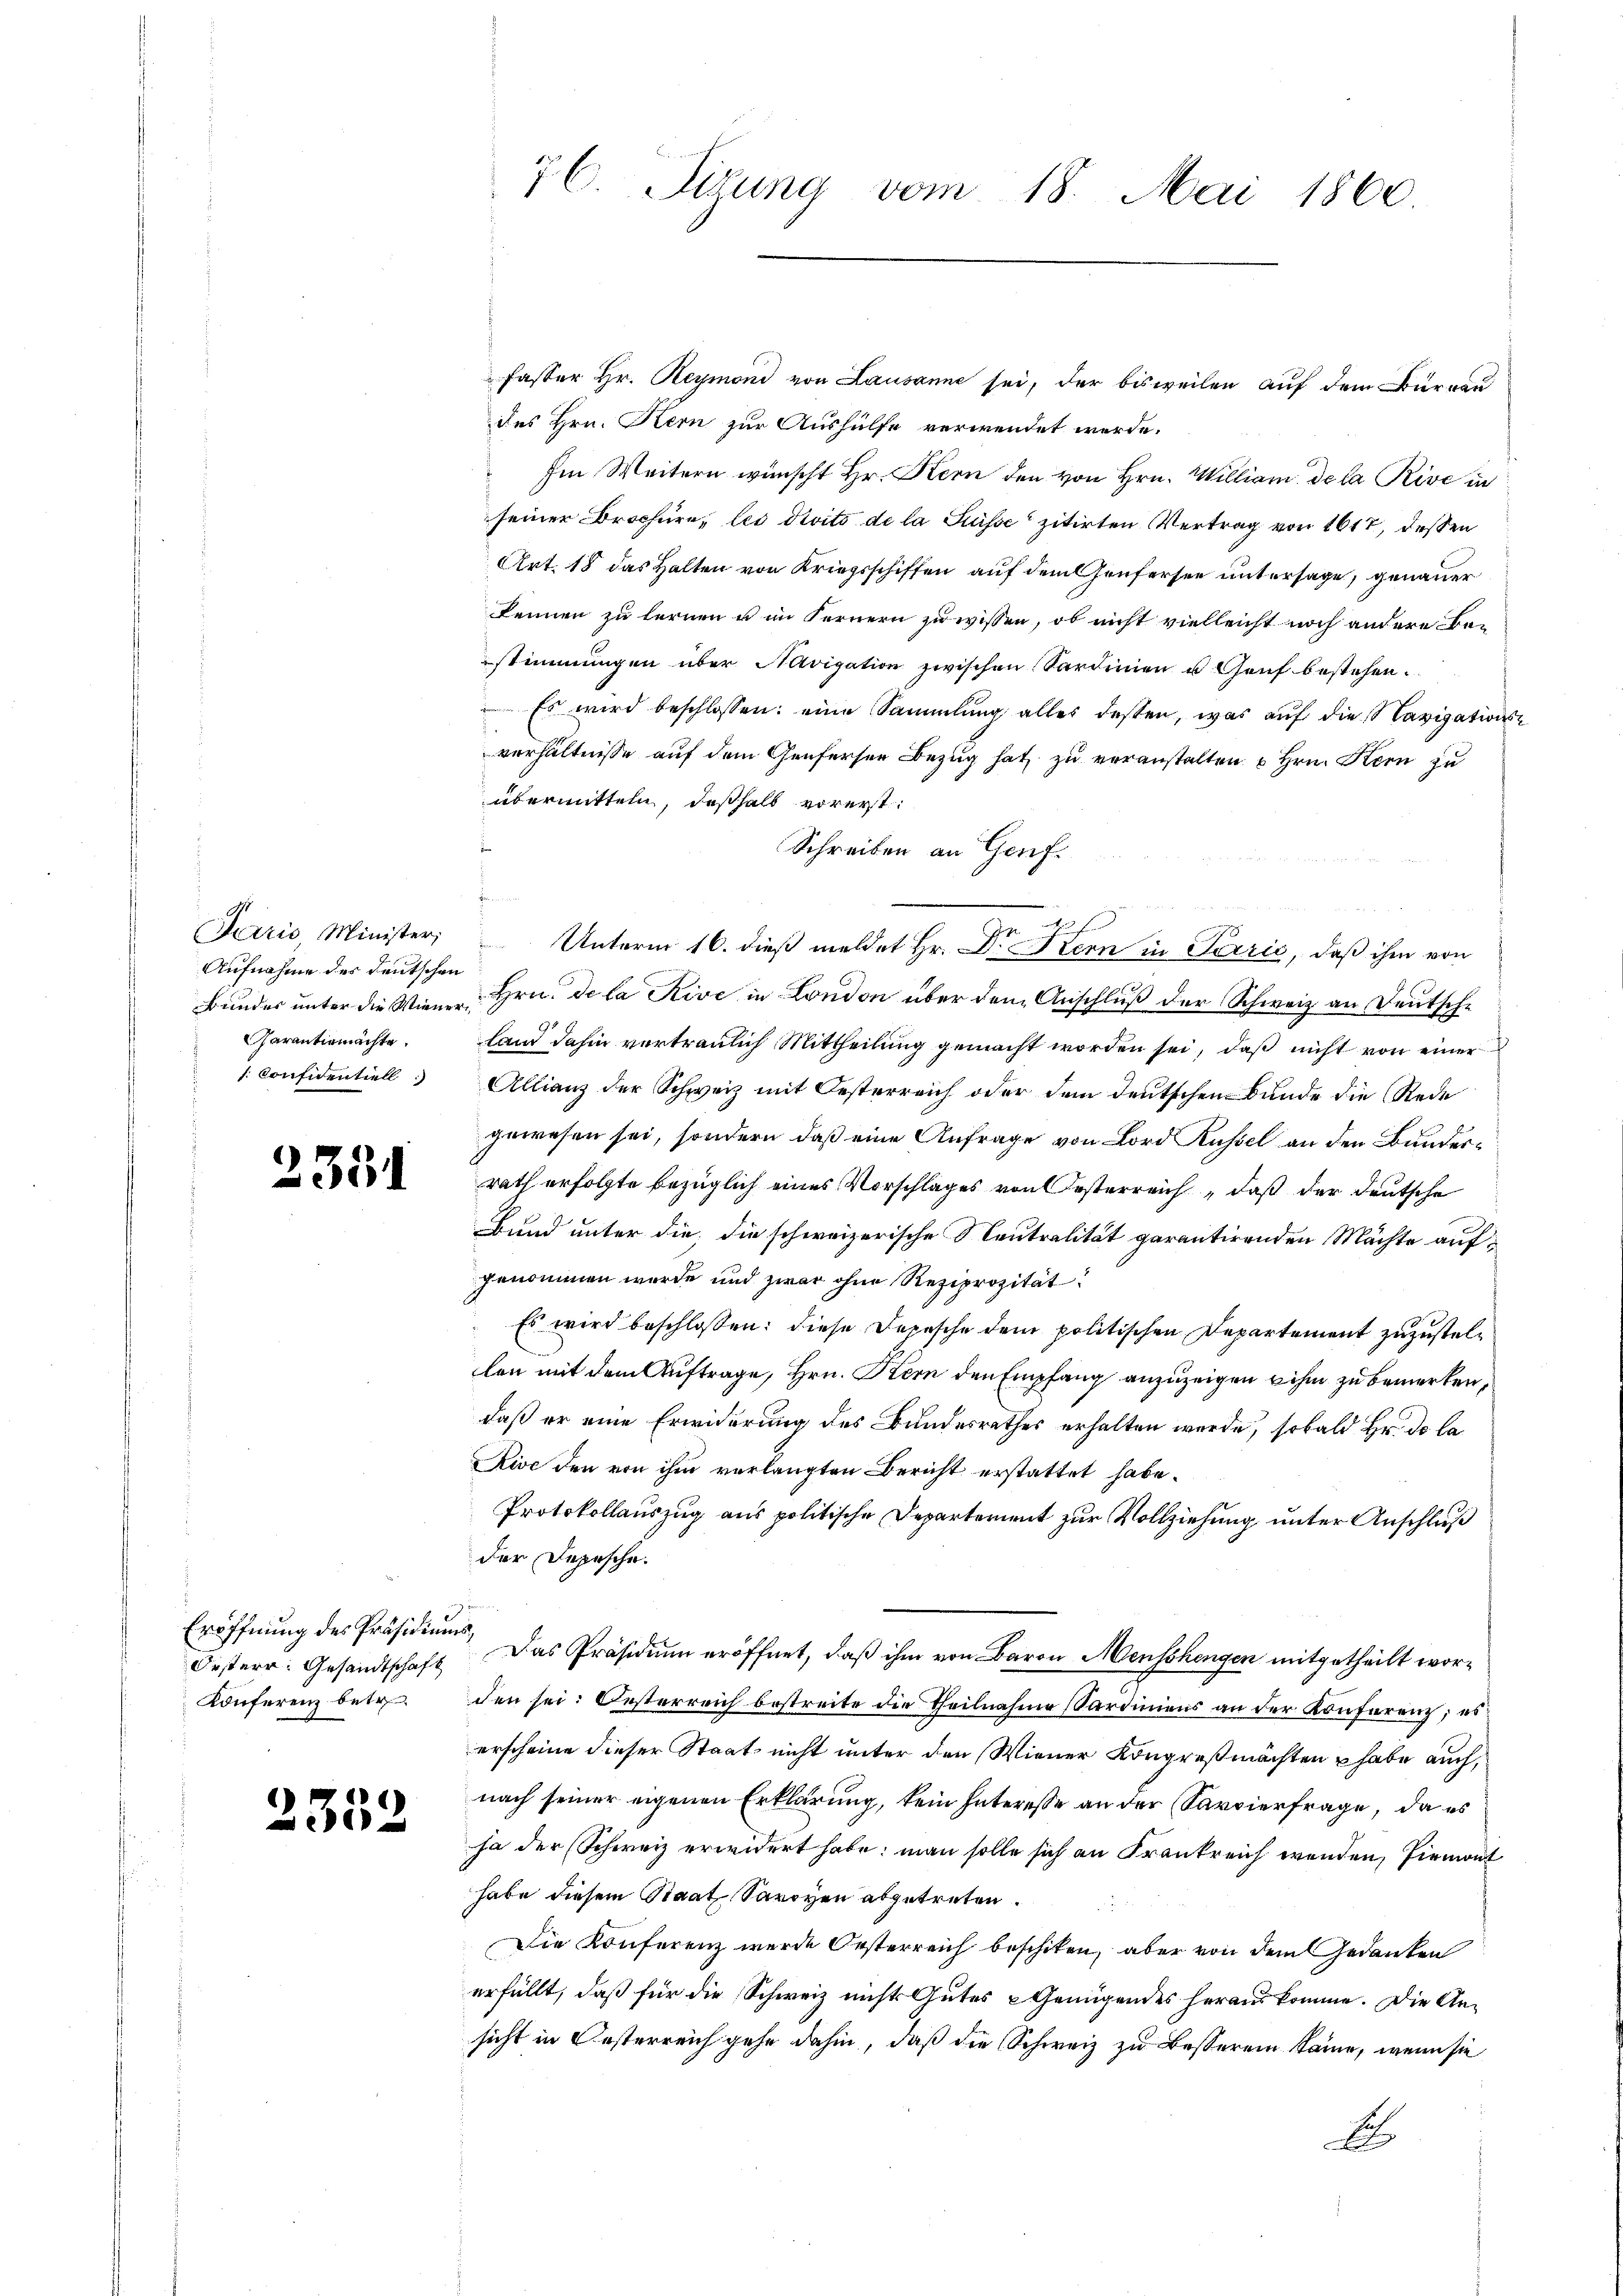
Paris Minister,
Aufnahme des deutschen
Garantiemächte.
s. Confidentiell

2331

Eröffnung des Präsidiums,
Besterr. Gesandtschaft
Konferenz betr.

2352

76. Sedung vom 18. Mai 1860.

fasser Hr. Reymond von Lausanne sei, der bisweilen auf dem Burgau
des Hrn. Kern zur Aushülfe verwendet werde.
Im Weitern wünscht Hr. Kern den von Hrn. Milliam de la Rive in
seiner Brochüre, les divito de la Suisse zitirten Vertrag von 1612, dessen
Art. 18 das Halten von Kriegsschiffen auf dem Genfersen untersage, genauer
kennen zu lernen u im Fernern zu wissen, ob nicht vielleicht noch andere Bestimmungen über Navigation zwischen Sardinien u Genf bestehen.
 Es wird beschlossen: eine Sammlung alles dessen, was aŭf die Navigations-
verhältnisse auf dem Genfersen Bezug hat zu veranstalten u Hrn. Kern zu
übermitteln, deßhalb vorerst
Schreiben an Genf.
e
uf
I
 Unterm 16. dieß meldet Hr. C. Stern in Terrić, daß ihm von
Bundes unter die Wiener Hrn. De la Rive in London über dem Anschluß der Schweiz an Deutsche
land dahin vertraulich Mittheilung gemacht worden sei, daß nicht von einer
Allianz der Schweiz mit Oesterreich oder dem deutschen Bunde die Rede
gewesen sei, sondern daß eine Anfrage von Lord Küssel an den Bunderrath erfolgte bezüglich eines Vorschlages von Oesterreich, daß der deutsche
Bund unter die, die schweizerische Neutralität garantirenden Mächte aufgenommen wurde und zwar ohne Reziprozität
Es wird beschlossen: diese Depesche dem politischen Departement zuzustellen mit dem Auftrage, Hrn. Stern den Empfang anzuzeigen ihm zu bemerken,
daß er eine Erwiderung des Bundesrathes erhalten werde, sobald Hr. De la
Rive den von ihm verlangten Bericht erstattet habe.
Protokollauszug aus politische Departement zur Vollziehung unter Anschluß
der Depesche.
Das Präsidium eröffnet, daß ihm von Baron Menschengen mitgetheilt worden sei: Oesterreich bestreite die Theilnahme Sardiniens an der Konferenz; es
erscheine dieser Staat nicht unter den Wiener Kongreßmächten u habe auch,
nach seiner eigenen Erklärung, kein Interesse an der Karvierfrage, da es
ha der Schweiz erwidert habe: man solle sich an Frankreich wenden, Piemont
habe diesem Staat, Savoyen abgetreten.
Die Konferenz wurde Oesterreich beschiken, aber von dem Gedanken
erfüllt, daß für die Schweiz nichts Gutes Genügendes herauskomme. Die Ansicht in Oesterreich gehe dahin, daß die (Schweiz zu besserein käme, wenn sie
E